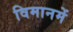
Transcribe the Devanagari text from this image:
विमानमें